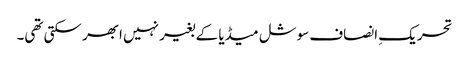
تحریکِ انصاف سوشل میڈیا کے بغیر نہیں ابھر سکتی تھی۔